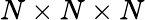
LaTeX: N\times N\times N